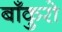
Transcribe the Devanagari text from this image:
बाँकुरो